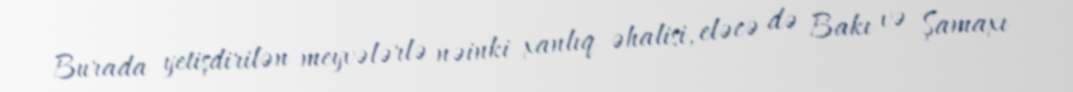
Burada yetişdirilən meyvələrlə nəinki xanlıq əhalisi, eləcə də Bakı və Şamaxı